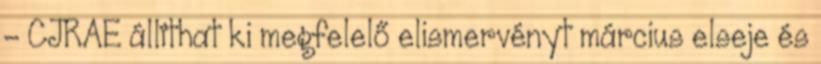
– CJRAE állíthat ki megfelelő elismervényt március elseje és